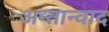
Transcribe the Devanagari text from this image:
अन्तान्वाद